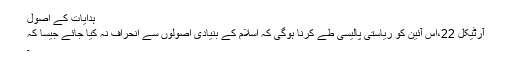
ہدایات کے اصول
آرٹیکل 22،اس آئین کو ریاستی پالیسی طے کرنا ہوگی کہ اسلام کے بنیادی اصولوں سے انحراف نہ کیا جائے جیسا کہ
۔